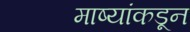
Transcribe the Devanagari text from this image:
माष्यांकडून